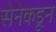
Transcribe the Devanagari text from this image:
सेनेकडून